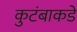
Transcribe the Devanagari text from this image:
कुटंबाकडे